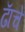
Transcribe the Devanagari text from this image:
ढॅाचे